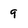
Character: 9